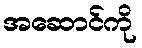
အဆောင်ကို